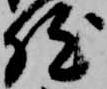
然